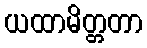
ယထာမိတ္တတာ